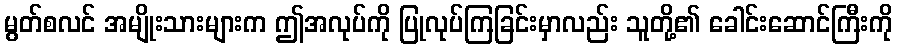
မွတ်စလင် အမျိုးသားများက ဤအလုပ်ကို ပြုလုပ်ကြခြင်းမှာလည်း သူတို့၏ ခေါင်းဆောင်ကြီးကို